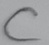
Text: C